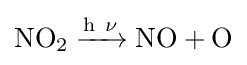
{\mathrm {NO} {\vphantom {A}}_{\smash[{t}]{2}}{}\mathrel {\xrightarrow {\mathrm {h} ~\mathrm {\nu } } } {}\mathrm {NO} {}+{}\mathrm {O} }